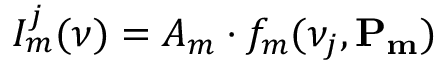
I _ { m } ^ { j } ( \nu ) = A _ { m } \cdot f _ { m } ( \nu _ { j } , { \bf P _ { m } } )